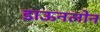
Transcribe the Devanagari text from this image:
डाऊनलोन